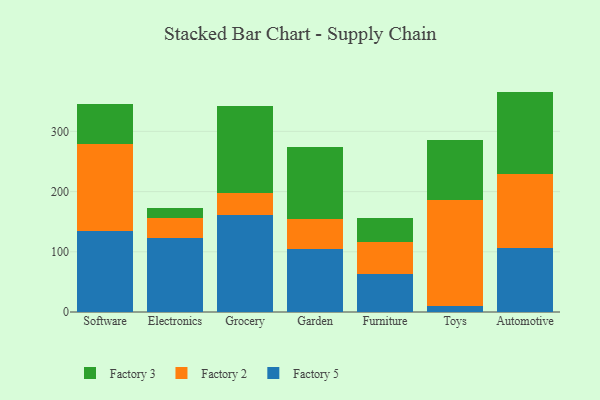
{"axis": {"x": "Category", "y": "Population (Million)"}, "legend": ["Factory 2", "Factory 3", "Factory 5"], "data": [{"x": "Software", "y": 135.0, "type": "Factory 5"}, {"x": "Software", "y": 144.5, "type": "Factory 2"}, {"x": "Software", "y": 66.0, "type": "Factory 3"}, {"x": "Electronics", "y": 123.6, "type": "Factory 5"}, {"x": "Electronics", "y": 33.3, "type": "Factory 2"}, {"x": "Electronics", "y": 15.4, "type": "Factory 3"}, {"x": "Grocery", "y": 161.4, "type": "Factory 5"}, {"x": "Grocery", "y": 36.1, "type": "Factory 2"}, {"x": "Grocery", "y": 145.3, "type": "Factory 3"}, {"x": "Garden", "y": 105.2, "type": "Factory 5"}, {"x": "Garden", "y": 49.4, "type": "Factory 2"}, {"x": "Garden", "y": 119.4, "type": "Factory 3"}, {"x": "Furniture", "y": 62.5, "type": "Factory 5"}, {"x": "Furniture", "y": 53.5, "type": "Factory 2"}, {"x": "Furniture", "y": 40.6, "type": "Factory 3"}, {"x": "Toys", "y": 10.6, "type": "Factory 5"}, {"x": "Toys", "y": 176.1, "type": "Factory 2"}, {"x": "Toys", "y": 99.6, "type": "Factory 3"}, {"x": "Automotive", "y": 106.5, "type": "Factory 5"}, {"x": "Automotive", "y": 123.4, "type": "Factory 2"}, {"x": "Automotive", "y": 136.2, "type": "Factory 3"}]}